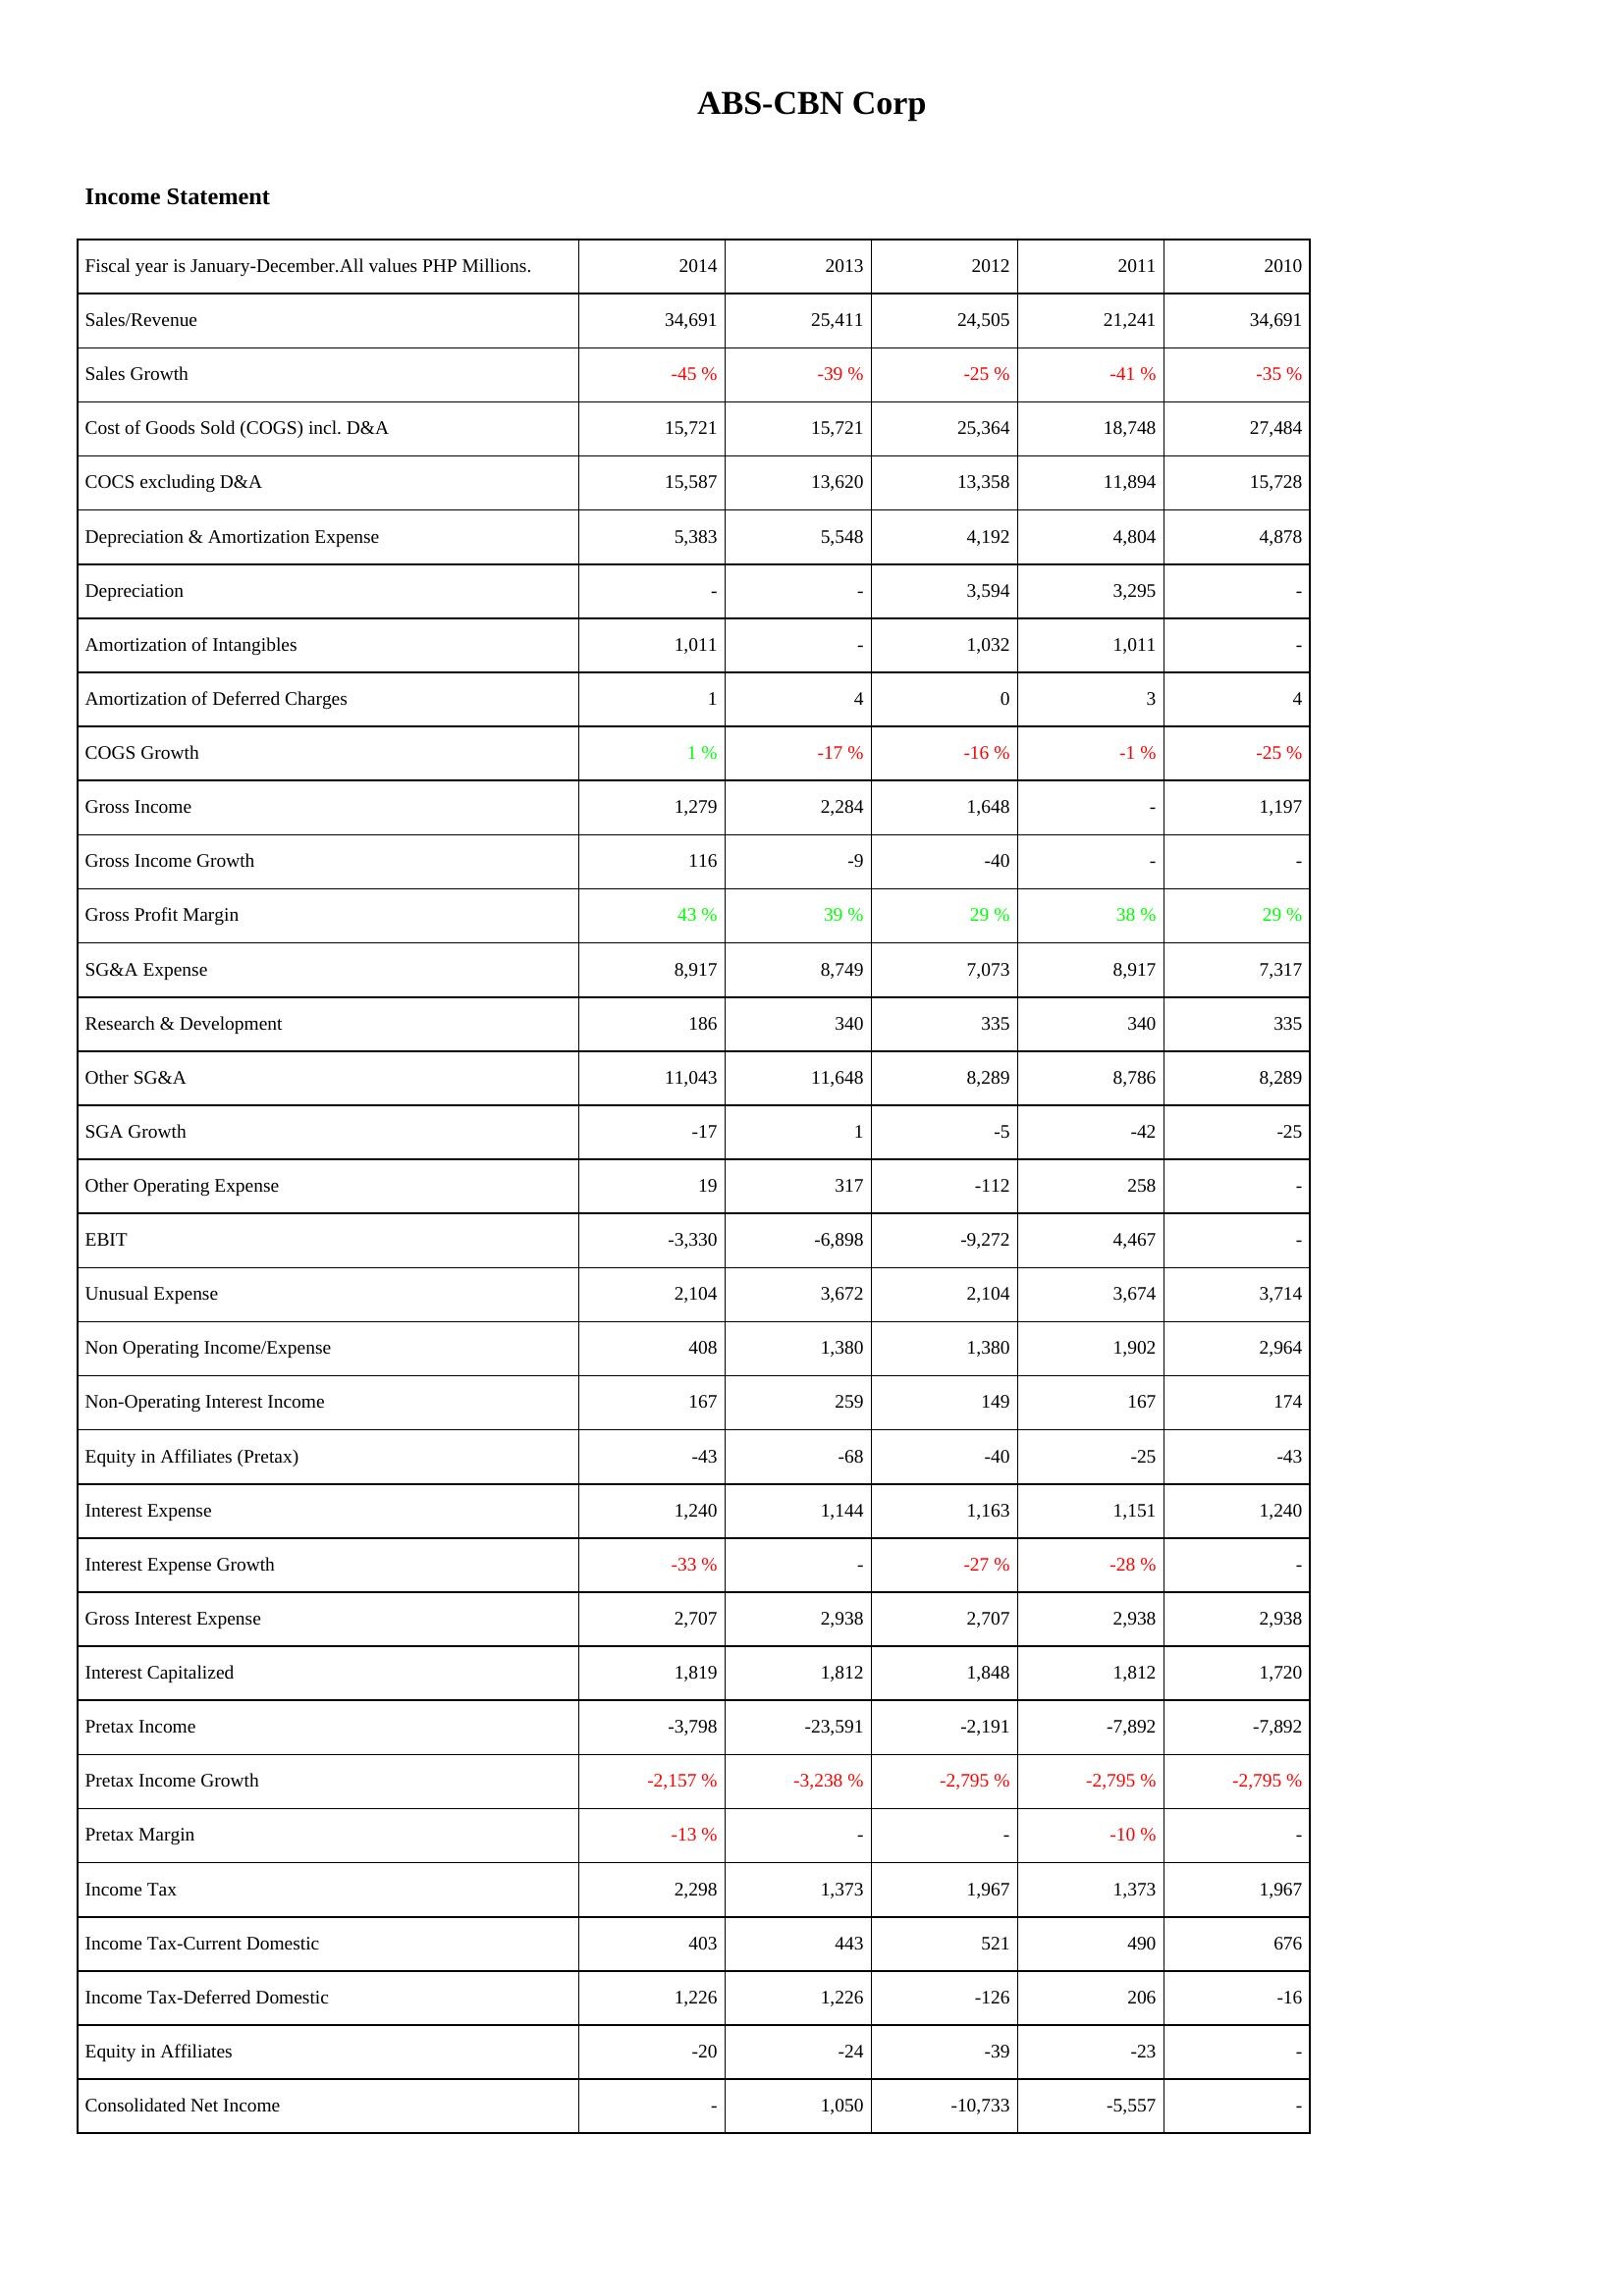
2014: Income Statement: Sales/Revenue: 34,691
Sales Growth: -45 %
Cost of Goods Sold (COGS) incl. D&A: 15,721
COCS excluding D&A: 15,587
Depreciation & Amortization Expense: 5,383
Depreciation: -
Amortization of Intangibles: 1,011
Amortization of Deferred Charges: 1
COGS Growth: 1 %
Gross Income: 1,279
Gross Income Growth: 116
Gross Profit Margin: 43 %
SG&A Expense: 8,917
Research & Development: 186
Other SG&A: 11,043
SGA Growth: -17
Other Operating Expense: 19
EBIT: -3,330
Unusual Expense: 2,104
Non Operating Income/Expense: 408
Non-Operating Interest Income: 167
Equity in Affiliates (Pretax): -43
Interest Expense: 1,240
Interest Expense Growth: -33 %
Gross Interest Expense: 2,707
Interest Capitalized: 1,819
Pretax Income: -3,798
Pretax Income Growth: -2,157 %
Pretax Margin: -13 %
Income Tax: 2,298
Income Tax-Current Domestic: 403
Income Tax-Deferred Domestic: 1,226
Equity in Affiliates: -20
Consolidated Net Income: -
2013: Income Statement: Sales/Revenue: 25,411
Sales Growth: -39 %
Cost of Goods Sold (COGS) incl. D&A: 15,721
COCS excluding D&A: 13,620
Depreciation & Amortization Expense: 5,548
Depreciation: -
Amortization of Intangibles: -
Amortization of Deferred Charges: 4
COGS Growth: -17 %
Gross Income: 2,284
Gross Income Growth: -9
Gross Profit Margin: 39 %
SG&A Expense: 8,749
Research & Development: 340
Other SG&A: 11,648
SGA Growth: 1
Other Operating Expense: 317
EBIT: -6,898
Unusual Expense: 3,672
Non Operating Income/Expense: 1,380
Non-Operating Interest Income: 259
Equity in Affiliates (Pretax): -68
Interest Expense: 1,144
Interest Expense Growth: -
Gross Interest Expense: 2,938
Interest Capitalized: 1,812
Pretax Income: -23,591
Pretax Income Growth: -3,238 %
Pretax Margin: -
Income Tax: 1,373
Income Tax-Current Domestic: 443
Income Tax-Deferred Domestic: 1,226
Equity in Affiliates: -24
Consolidated Net Income: 1,050
2012: Income Statement: Sales/Revenue: 24,505
Sales Growth: -25 %
Cost of Goods Sold (COGS) incl. D&A: 25,364
COCS excluding D&A: 13,358
Depreciation & Amortization Expense: 4,192
Depreciation: 3,594
Amortization of Intangibles: 1,032
Amortization of Deferred Charges: 0
COGS Growth: -16 %
Gross Income: 1,648
Gross Income Growth: -40
Gross Profit Margin: 29 %
SG&A Expense: 7,073
Research & Development: 335
Other SG&A: 8,289
SGA Growth: -5
Other Operating Expense: -112
EBIT: -9,272
Unusual Expense: 2,104
Non Operating Income/Expense: 1,380
Non-Operating Interest Income: 149
Equity in Affiliates (Pretax): -40
Interest Expense: 1,163
Interest Expense Growth: -27 %
Gross Interest Expense: 2,707
Interest Capitalized: 1,848
Pretax Income: -2,191
Pretax Income Growth: -2,795 %
Pretax Margin: -
Income Tax: 1,967
Income Tax-Current Domestic: 521
Income Tax-Deferred Domestic: -126
Equity in Affiliates: -39
Consolidated Net Income: -10,733
2011: Income Statement: Sales/Revenue: 21,241
Sales Growth: -41 %
Cost of Goods Sold (COGS) incl. D&A: 18,748
COCS excluding D&A: 11,894
Depreciation & Amortization Expense: 4,804
Depreciation: 3,295
Amortization of Intangibles: 1,011
Amortization of Deferred Charges: 3
COGS Growth: -1 %
Gross Income: -
Gross Income Growth: -
Gross Profit Margin: 38 %
SG&A Expense: 8,917
Research & Development: 340
Other SG&A: 8,786
SGA Growth: -42
Other Operating Expense: 258
EBIT: 4,467
Unusual Expense: 3,674
Non Operating Income/Expense: 1,902
Non-Operating Interest Income: 167
Equity in Affiliates (Pretax): -25
Interest Expense: 1,151
Interest Expense Growth: -28 %
Gross Interest Expense: 2,938
Interest Capitalized: 1,812
Pretax Income: -7,892
Pretax Income Growth: -2,795 %
Pretax Margin: -10 %
Income Tax: 1,373
Income Tax-Current Domestic: 490
Income Tax-Deferred Domestic: 206
Equity in Affiliates: -23
Consolidated Net Income: -5,557
2010: Income Statement: Sales/Revenue: 34,691
Sales Growth: -35 %
Cost of Goods Sold (COGS) incl. D&A: 27,484
COCS excluding D&A: 15,728
Depreciation & Amortization Expense: 4,878
Depreciation: -
Amortization of Intangibles: -
Amortization of Deferred Charges: 4
COGS Growth: -25 %
Gross Income: 1,197
Gross Income Growth: -
Gross Profit Margin: 29 %
SG&A Expense: 7,317
Research & Development: 335
Other SG&A: 8,289
SGA Growth: -25
Other Operating Expense: -
EBIT: -
Unusual Expense: 3,714
Non Operating Income/Expense: 2,964
Non-Operating Interest Income: 174
Equity in Affiliates (Pretax): -43
Interest Expense: 1,240
Interest Expense Growth: -
Gross Interest Expense: 2,938
Interest Capitalized: 1,720
Pretax Income: -7,892
Pretax Income Growth: -2,795 %
Pretax Margin: -
Income Tax: 1,967
Income Tax-Current Domestic: 676
Income Tax-Deferred Domestic: -16
Equity in Affiliates: -
Consolidated Net Income: -